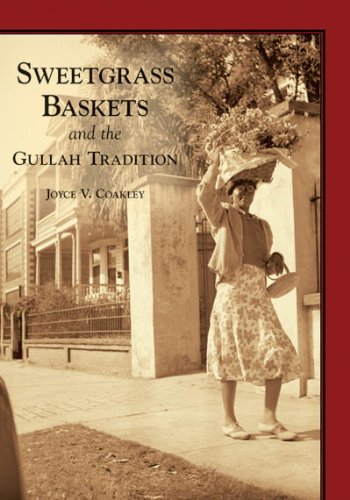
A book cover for Sweetgrass Baskets and the Gullah Tradition  (SC)  (Images of America); Joyce V. Coakley; Crafts, Hobbies & Home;